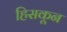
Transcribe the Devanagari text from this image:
हिसकून